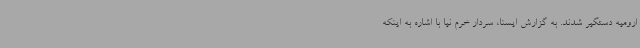
ارومیه دستگیر شدند. به گزارش ایسنا، سردار خرم نیا با اشاره به اینکه